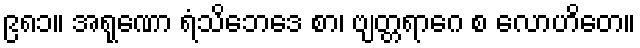
၉၈၁။ အရုဏော ရံသိဘေဒေ စာ၊ ဗျတ္တရာဂေ စ လောဟိတေ။